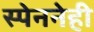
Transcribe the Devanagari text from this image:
स्पेननेही